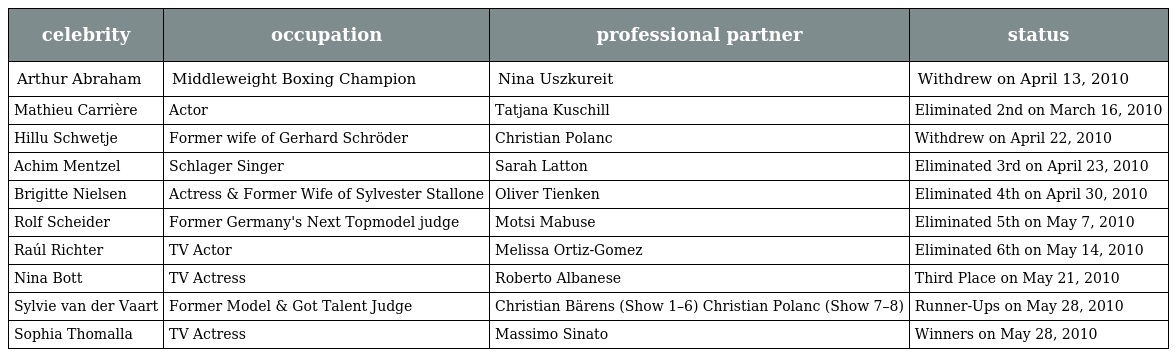
| celebrity | occupation | professional partner | status |
 | --- | --- | --- | --- |
 | Arthur Abraham | Middleweight Boxing Champion | Nina Uszkureit | Withdrew on April 13, 2010 |
 | Mathieu Carrière | Actor | Tatjana Kuschill | Eliminated 2nd on March 16, 2010 |
 | Hillu Schwetje | Former wife of Gerhard Schröder | Christian Polanc | Withdrew on April 22, 2010 |
 | Achim Mentzel | Schlager Singer | Sarah Latton | Eliminated 3rd on April 23, 2010 |
 | Brigitte Nielsen | Actress & Former Wife of Sylvester Stallone | Oliver Tienken | Eliminated 4th on April 30, 2010 |
 | Rolf Scheider | Former Germany's Next Topmodel judge | Motsi Mabuse | Eliminated 5th on May 7, 2010 |
 | Raúl Richter | TV Actor | Melissa Ortiz-Gomez | Eliminated 6th on May 14, 2010 |
 | Nina Bott | TV Actress | Roberto Albanese | Third Place on May 21, 2010 |
 | Sylvie van der Vaart | Former Model & Got Talent Judge | Christian Bärens (Show 1–6) Christian Polanc (Show 7–8) | Runner-Ups on May 28, 2010 |
 | Sophia Thomalla | TV Actress | Massimo Sinato | Winners on May 28, 2010 |